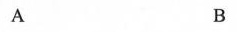
A B